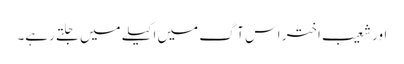
اور شعیب اختر اس آگ میں اکیلے میں جلتے رہے۔